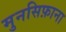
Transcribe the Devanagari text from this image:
मुनसिफ़ाना